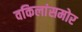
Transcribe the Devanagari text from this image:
वकिलांसमोर